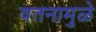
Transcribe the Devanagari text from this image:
वतनामुळे